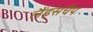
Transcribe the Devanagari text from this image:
लैंड्सचैप